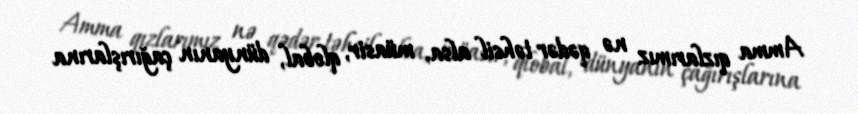
Amma qızlarımız nə qədər təhsil alsa, müasir, qlobal, dünyanın çağırışlarına